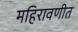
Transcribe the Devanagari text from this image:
महिरावणीत